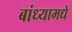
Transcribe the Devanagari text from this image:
बांध्यामधे